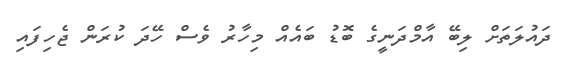
ދައުލަތަށް ލިބޭ އާމްދަނީގެ ބޮޑު ބައެއް މިހާރު ވެސް ހޭދަ ކުރަން ޖެހިފައި